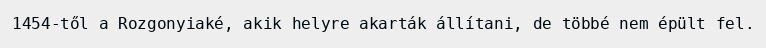
1454-től a Rozgonyiaké, akik helyre akarták állítani, de többé nem épült fel.